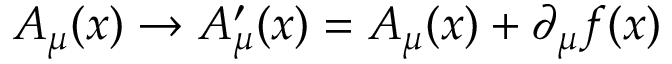
A _ { \mu } ( x ) \rightarrow A _ { \mu } ^ { \prime } ( x ) = A _ { \mu } ( x ) + \partial _ { \mu } f ( x )